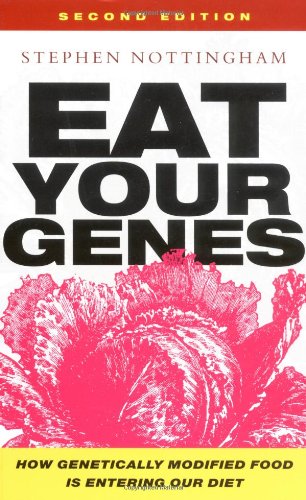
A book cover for Eat Your Genes: How Genetically Modified Food is Entering Our Diet; Stephen Nottingham; Health, Fitness & Dieting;